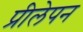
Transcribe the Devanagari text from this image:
प्रीलेपन